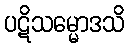
ပဋိသမ္မောဒသိ